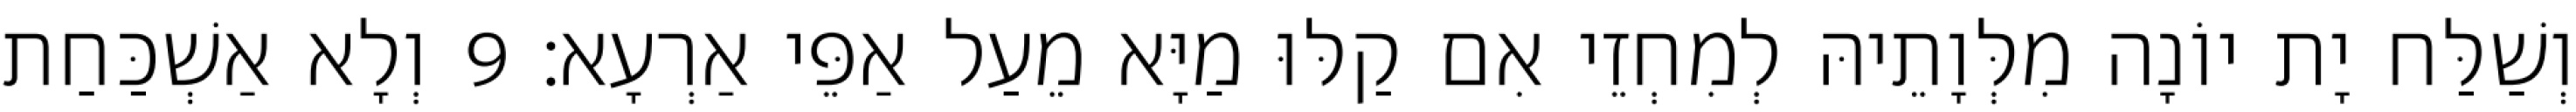
וְשַׁלַּח יָת יוֹנָה מִלְּוָתֵיהּ לְמִחְזֵי אִם קַלּוּ מַיָּא מֵעַל אַפֵּי אַרְעָא׃ 9 וְלָא אַשְׁכַּחַת